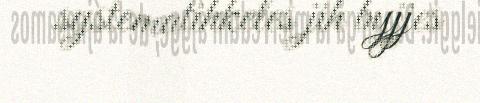
systematihkeles jih byjjes